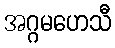
အဂ္ဂမဟေသီ